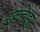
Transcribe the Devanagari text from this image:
इन्तेहा